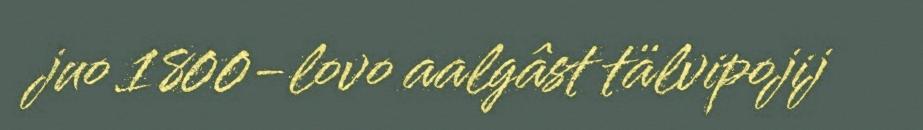
juo 1800-lovo aalgâst tälvipojij